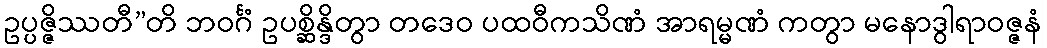
ဥပ္ပဇ္ဇိဿတီ”တိ ဘဝင်္ဂံ ဥပစ္ဆိန္ဒိတွာ တဒေဝ ပထဝီကသိဏံ အာရမ္မဏံ ကတွာ မနောဒွါရာဝဇ္ဇနံ